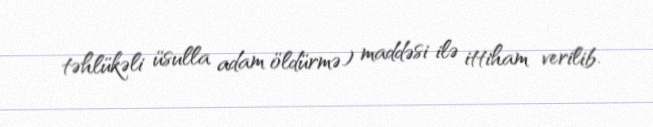
təhlükəli üsulla adam öldürmə) maddəsi ilə ittiham verilib.